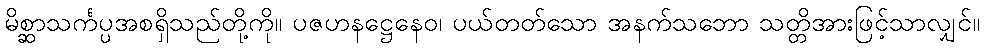
မိစ္ဆာသင်္ကပ္ပအစရှိသည်တို့ကို။ ပဇဟနဋ္ဌေနေဝ၊ ပယ်တတ်သော အနက်သဘော သတ္တိအားဖြင့်သာလျှင်။